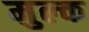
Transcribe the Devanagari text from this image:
मुल्‍क